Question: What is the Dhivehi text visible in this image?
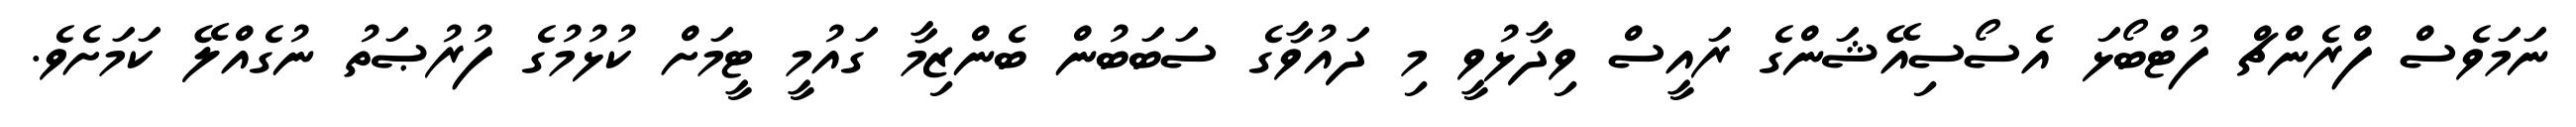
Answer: ނަމަވެސް ފްރެންޗް ފުޓްބޯޅަ އެސޯސިއޭޝަންގެ ރައީސް ވިދާޅުވީ މި ދައުވާގެ ސަބަބުން ބެންޒިމާ ގައުމީ ޓީމަށް ކުޅުމުގެ ފުރުޞަތު ނުގެއްލޭ ކަމަށެވެ.